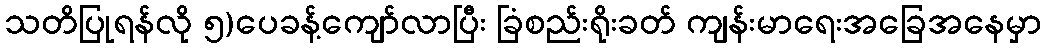
သတိပြုရန်လို ၅)ပေခန့်ကျော်လာပြီး ခြံစည်းရိုးခတ် ကျန်းမာရေးအခြေအနေမှာ